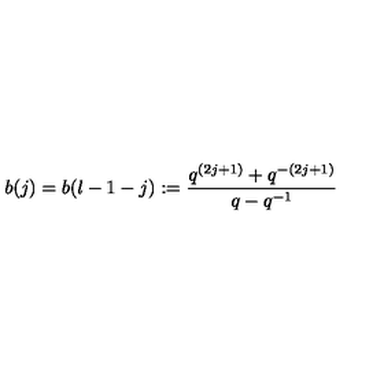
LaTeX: b ( j ) = b ( l - 1 - j ) : = \frac { q ^ { ( 2 j + 1 ) } + q ^ { - ( 2 j + 1 ) } } { q - q ^ { - 1 } }